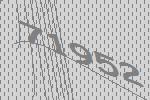
71952